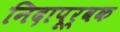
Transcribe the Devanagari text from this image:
निदापूर्वक